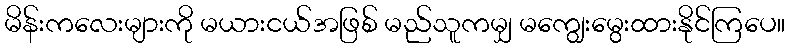
မိန်းကလေးများကို မယားငယ်အဖြစ် မည်သူကမျှ မကျွေးမွေးထားနိုင်ကြပေ။